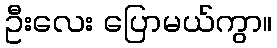
ဦးလေး ပြောမယ်ကွာ။